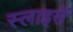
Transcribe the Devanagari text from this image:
स्लाइसें